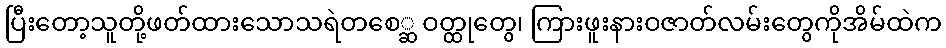
ပြီးတော့သူတို့ဖတ်ထားသောသရဲတစေ္ဆ ဝတ္ထုတွေ၊ ကြားဖူးနားဝဇာတ်လမ်းတွေကိုအိမ်ထဲက